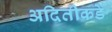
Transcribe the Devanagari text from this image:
अदितीकडे